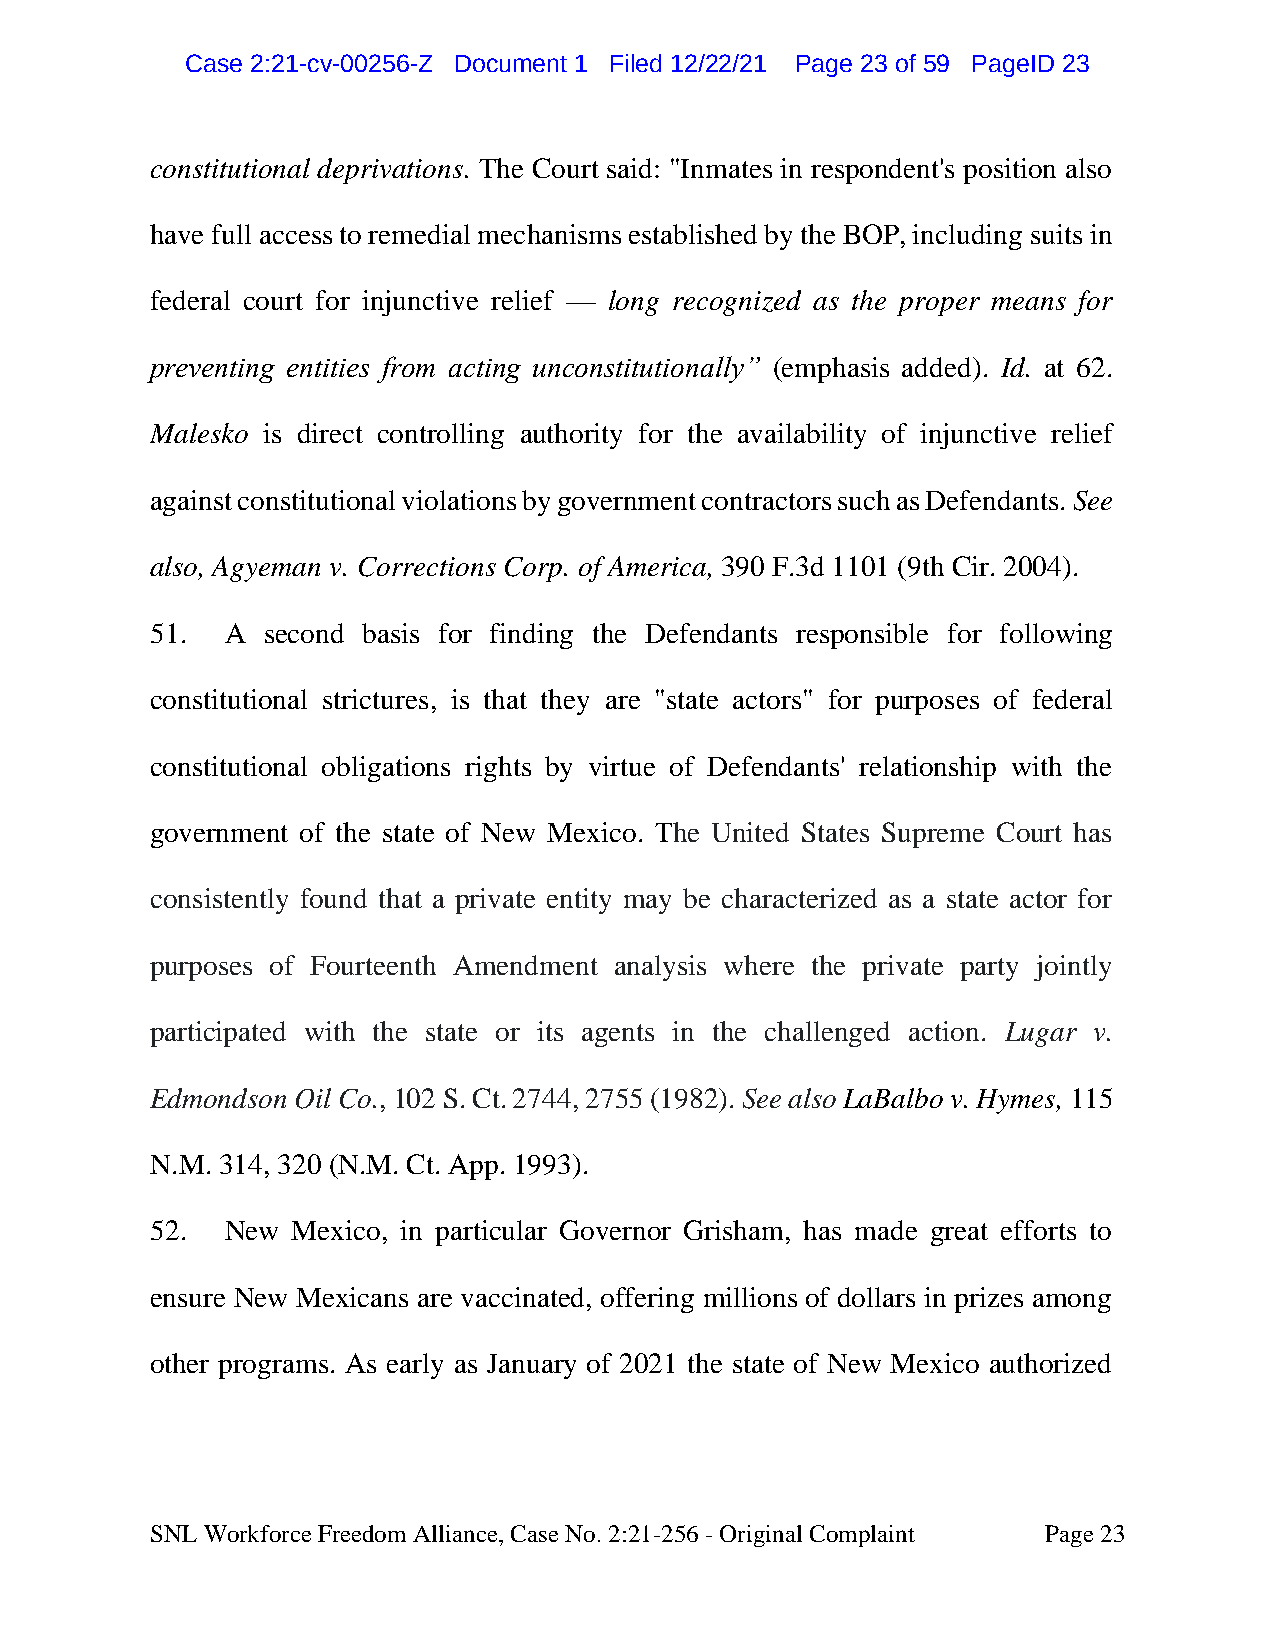
CCaassee 22::2211--ccvv--0000225566--ZZ DDooccuummeenntt 11 FFiilleedd 1122//2222//2211 PPaaggee 2233 ooff 5599 PPaaggeeIIDD 2233
 constitutional deprivations. The Court said: "Inmates in respondent's position also
 have full access to remedial mechanisms established by the BOP, including suits in
 federal court for injunctive relief — long recognized as the proper means for
 preventing entities from acting unconstitutionally” (emphasis added). Id. at 62.
 Malesko is direct controlling authority for the availability of injunctive relief
 against constitutional violations by government contractors such as Defendants. See
 also, Agyeman v. Corrections Corp. of America, 390 F.3d 1101 (9th Cir. 2004).
 51.  A second basis for finding the Defendants responsible for following
 constitutional strictures, is that they are "state actors" for purposes of federal
 constitutional obligations rights by virtue of Defendants' relationship with the
 government of the state of New Mexico. The United States Supreme Court has
 consistently found that a private entity may be characterized as a state actor for
 purposes of Fourteenth Amendment analysis where the private party jointly
 participated with the state or its agents in the challenged action. Lugar v.
 Edmondson Oil Co., 102 S. Ct. 2744, 2755 (1982). See also LaBalbo v. Hymes, 115
 N.M. 314, 320 (N.M. Ct. App. 1993).
 52.  New Mexico, in particular Governor Grisham, has made great efforts to
 ensure New Mexicans are vaccinated, offering millions of dollars in prizes among
 other programs. As early as January of 2021 the state of New Mexico authorized
 SNL Workforce Freedom Alliance, Case No. 2:21-256 - Original Complaint Page 23